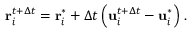
\mathbf { r } _ { i } ^ { t + \Delta t } = \mathbf { r } _ { i } ^ { * } + \Delta t \left( \mathbf { u } _ { i } ^ { t + \Delta t } - \mathbf { u } _ { i } ^ { * } \right) \, .